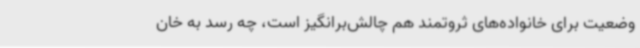
وضعیت برای خانواده‌های ثروتمند هم چالش‌برانگیز است، چه رسد به خان